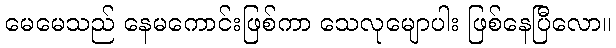
မေမေသည် နေမကောင်းဖြစ်ကာ သေလုမျောပါး ဖြစ်နေပြီလော။